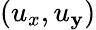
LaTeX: ({{u}_{x}},{{u}_{\mathbf{y}}})